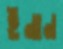
ইনান